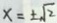
x = \pm \sqrt { 2 }